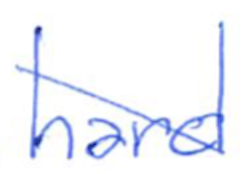
Text: hard
Cross-out: diagonal
Writing tool: ballpoint